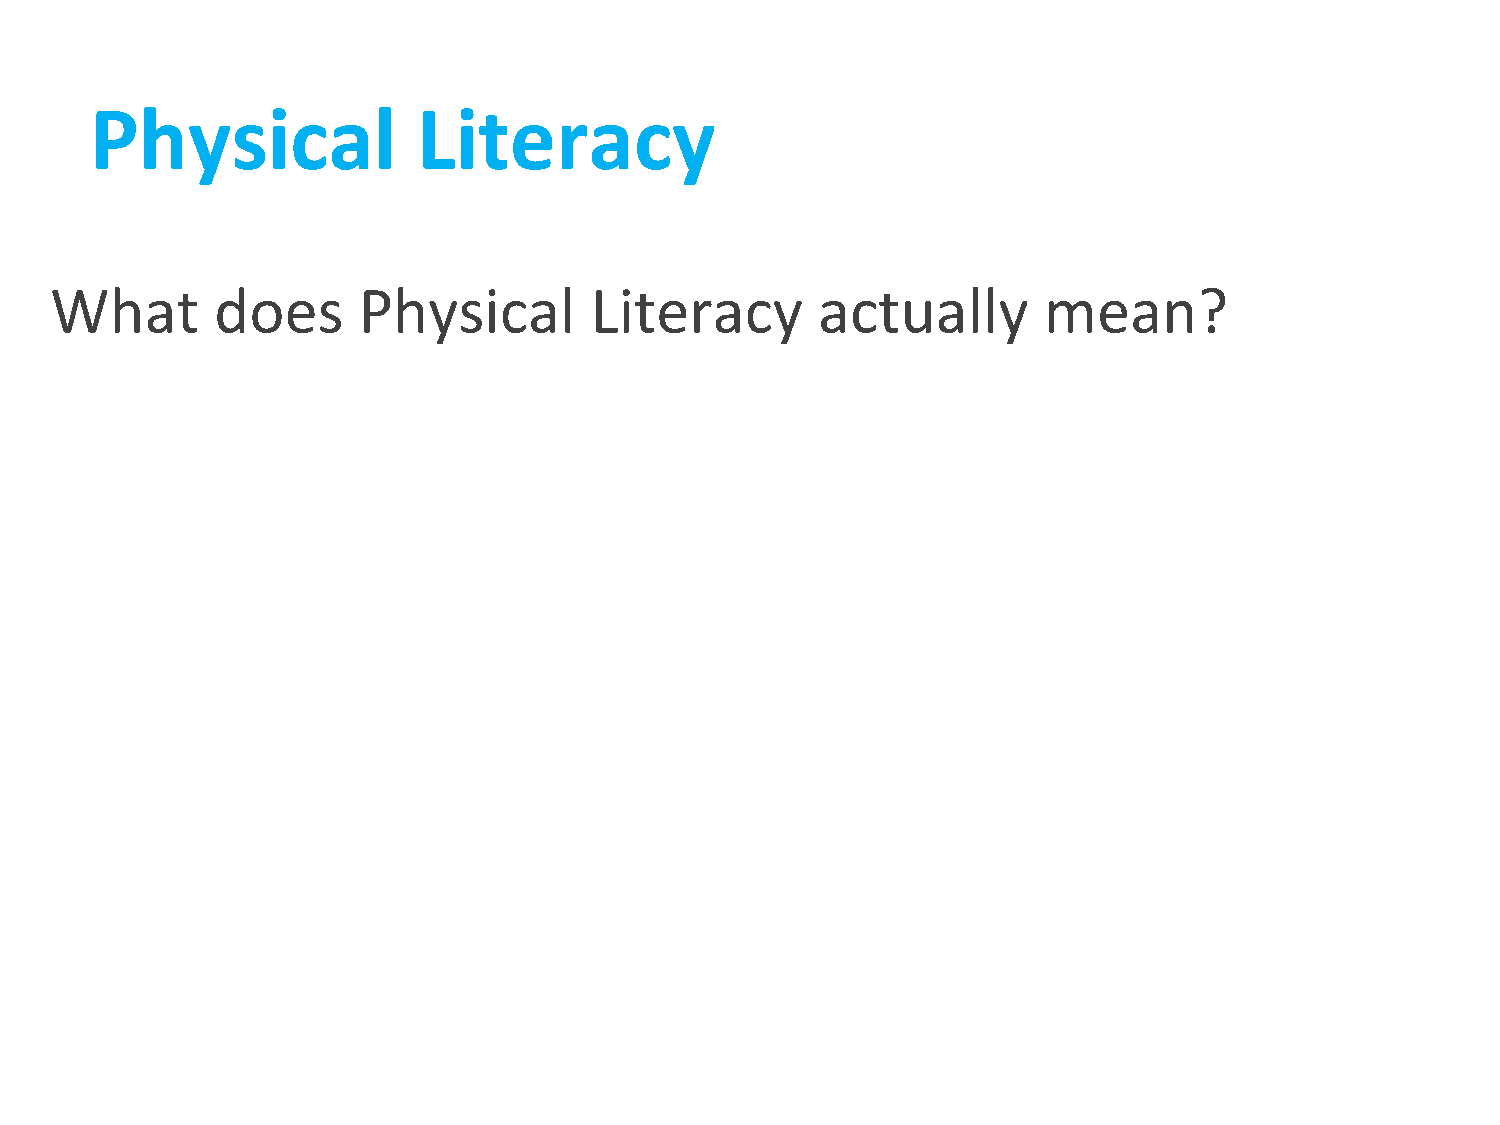
Physical              Literacy
 What       does      Physical       Literacy       actually       mean?